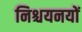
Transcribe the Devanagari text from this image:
निश्चयनयों